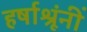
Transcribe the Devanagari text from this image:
हर्षाश्रूंनीं